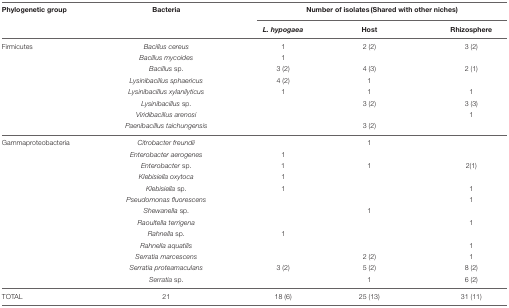
<table><thead><tr><td><b>Phylogenetic group</b></td><td><b>Bacteria</b></td><td colspan="3"><b>Number of isolates (Shared with other niches)</b></td></tr><tr><td></td><td></td><td><b><i>L. hypogaea</i></b></td><td><b>Host</b></td><td><b>Rhizosphere</b></td></tr></thead><tbody><tr><td>Firmicutes</td><td><i>Bacillus cereus</i></td><td>1</td><td>2 (2)</td><td>3 (2)</td></tr><tr><td></td><td><i>Bacillus mycoides</i></td><td>1</td><td></td><td></td></tr><tr><td></td><td><i>Bacillus</i> sp.</td><td>3 (2)</td><td>4 (3)</td><td>2 (1)</td></tr><tr><td></td><td><i>Lysinibacillus sphaericus</i></td><td>4 (2)</td><td>1</td><td></td></tr><tr><td></td><td><i>Lysinibacillus xylanilyticus</i></td><td>1</td><td>1</td><td>1</td></tr><tr><td></td><td><i>Lysinibacillus</i> sp.</td><td></td><td>3 (2)</td><td>3 (3)</td></tr><tr><td></td><td><i>Viridibacillus arenosi</i></td><td></td><td></td><td>1</td></tr><tr><td></td><td><i>Paenibacillus taichungensis</i></td><td></td><td>3 (2)</td><td></td></tr><tr><td>Gammaproteobacteria</td><td><i>Citrobacter freundii</i></td><td></td><td>1</td><td></td></tr><tr><td></td><td><i>Enterobacter aerogenes</i></td><td>1</td><td></td><td></td></tr><tr><td></td><td><i>Enterobacter</i> sp.</td><td>1</td><td>1</td><td>2(1)</td></tr><tr><td></td><td><i>Klebisiella oxytoca</i></td><td>1</td><td></td><td></td></tr><tr><td></td><td><i>Klebisiella</i> sp.</td><td>1</td><td></td><td>1</td></tr><tr><td></td><td><i>Pseudomonas fluorescens</i></td><td></td><td></td><td>1</td></tr><tr><td></td><td><i>Shewanella</i> sp.</td><td></td><td>1</td><td></td></tr><tr><td></td><td><i>Raoultella terrigena</i></td><td></td><td></td><td>1</td></tr><tr><td></td><td><i>Rahnella</i> sp.</td><td>1</td><td></td><td></td></tr><tr><td></td><td><i>Rahnella aquatilis</i></td><td></td><td></td><td>1</td></tr><tr><td></td><td><i>Serratia marcescens</i></td><td></td><td>2 (2)</td><td>1</td></tr><tr><td></td><td><i>Serratia proteamaculans</i></td><td>3 (2)</td><td>5 (2)</td><td>8 (2)</td></tr><tr><td></td><td><i>Serratia</i> sp.</td><td></td><td>1</td><td>6 (2)</td></tr><tr><td>TOTAL</td><td>21</td><td>18 (6)</td><td>25 (13)</td><td>31 (11)</td></tr></tbody></table>